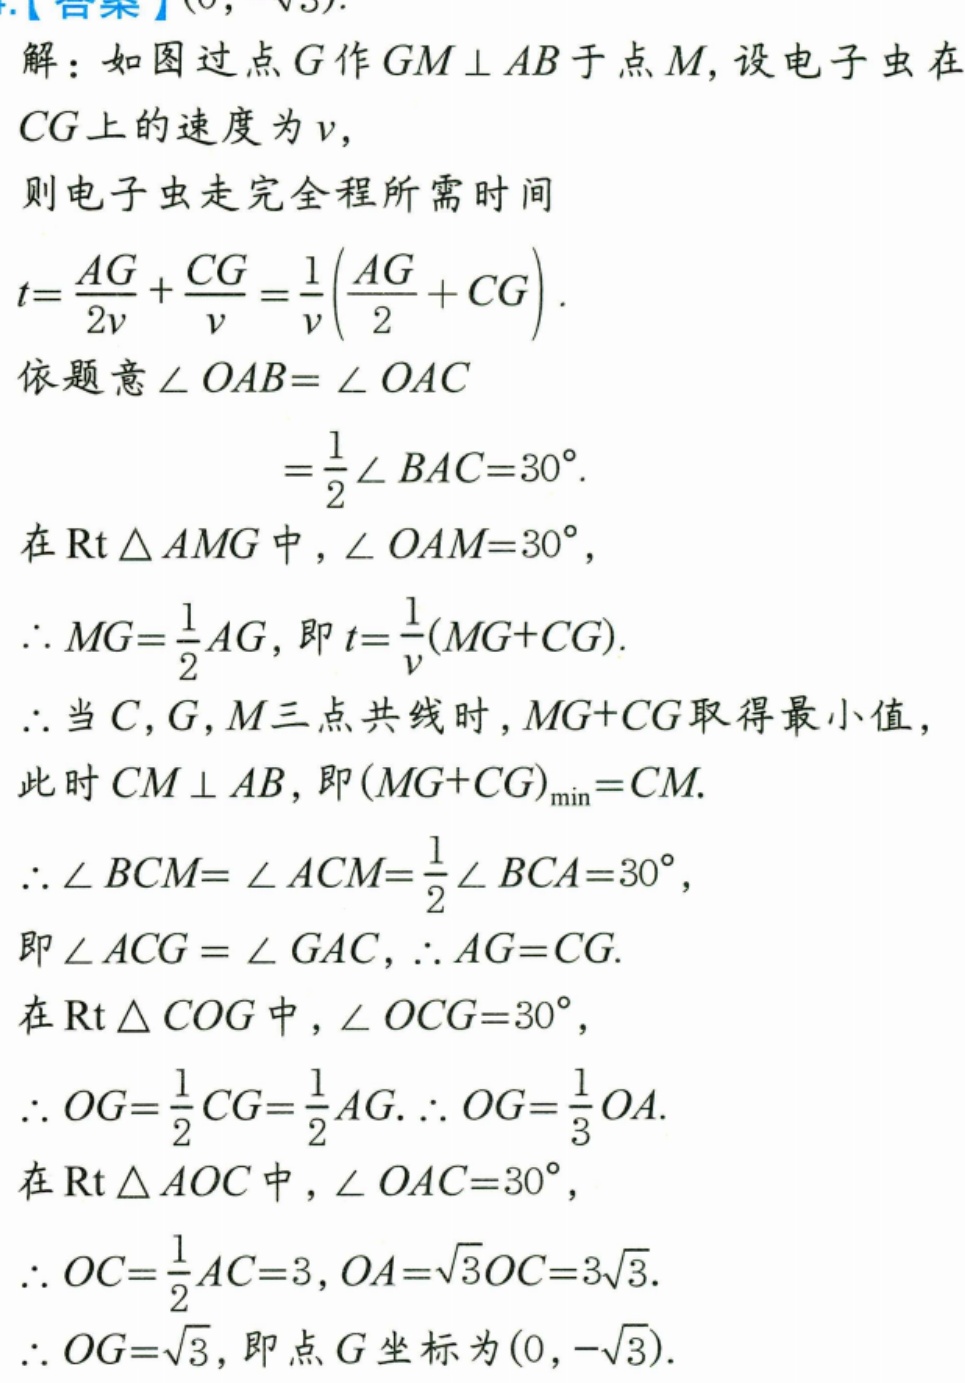
解：如图过点\(G\)作\(GM\perp AB\)于点\(M\)，设电子虫在
\(CG\)上的速度为\(v\)，
则电子虫走完全程所需时间
\(t = \frac{AG}{2v}+\frac{CG}{v}=\frac{1}{v}\left(\frac{AG}{2}+CG\right)\).
依题意\(\angle OAB=\angle OAC\)
\(=\frac{1}{2}\angle BAC = 30^{\circ}\).
在\(\text{Rt}\triangle AMG\)中，\(\angle OAM = 30^{\circ}\)，
\(\therefore MG=\frac{1}{2}AG\)，即\(t=\frac{1}{v}(MG + CG)\).
\(\therefore\)当\(C\)，\(G\)，\(M\)三点共线时，\(MG + CG\)取得最小值，
此时\(CM\perp AB\)，即\((MG + CG)_{\min}=CM\).
\(\therefore\angle BCM=\angle ACM=\frac{1}{2}\angle BCA = 30^{\circ}\)，
即\(\angle ACG=\angle GAC\)，\(\therefore AG = CG\).
在\(\text{Rt}\triangle COG\)中，\(\angle OCG = 30^{\circ}\)，
\(\therefore OG=\frac{1}{2}CG=\frac{1}{2}AG\). \(\therefore OG=\frac{1}{3}OA\).
在\(\text{Rt}\triangle AOC\)中，\(\angle OAC = 30^{\circ}\)，
\(\therefore OC=\frac{1}{2}AC = 3\)，\(OA=\sqrt{3}OC = 3\sqrt{3}\).
\(\therefore OG=\sqrt{3}\)，即点\(G\)坐标为\((0,-\sqrt{3})\).